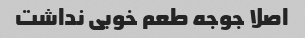
اصلا جوجه طعم خوبی نداشت